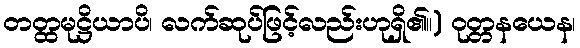
တတ္ထမုဋ္ဌိယာပိ၊ လက်ဆုပ်ဖြင့်လည်းဟုရှိ၏။) ဝုတ္တနယေန၊